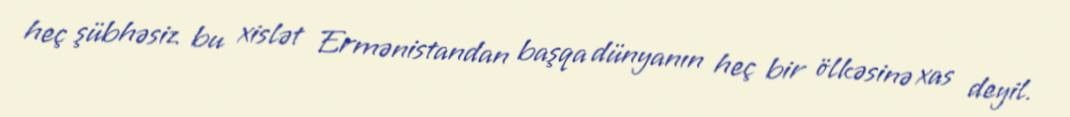
heç şübhəsiz bu xislət Ermənistandan başqa dünyanın heç bir ölkəsinə xas deyil.